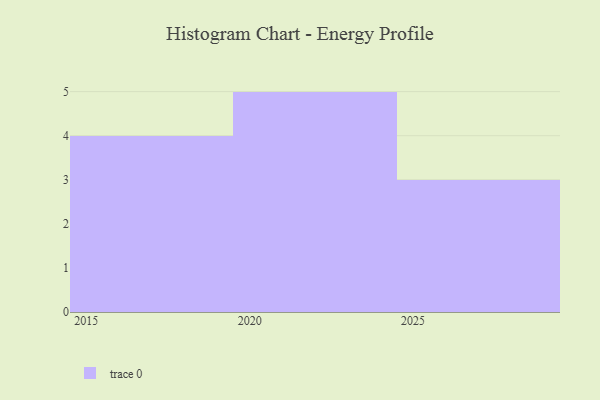
{"axis": {"x": "Year", "y": "Headcount"}, "legend": [""], "data": [{"x": "2028", "y": 80, "type": ""}, {"x": "2019", "y": 41, "type": ""}, {"x": "2025", "y": 30, "type": ""}, {"x": "2023", "y": 87, "type": ""}, {"x": "2017", "y": 15, "type": ""}, {"x": "2018", "y": 6, "type": ""}, {"x": "2022", "y": 32, "type": ""}, {"x": "2015", "y": 89, "type": ""}, {"x": "2021", "y": 61, "type": ""}, {"x": "2024", "y": 64, "type": ""}, {"x": "2026", "y": 81, "type": ""}, {"x": "2020", "y": 21, "type": ""}]}